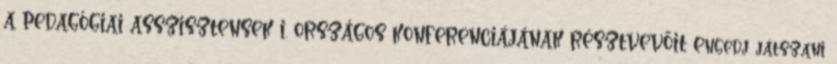
A PEDAGÓGIAI ASSZISZTENSEK I. ORSZÁGOS KONFERENCIÁJÁNAK RÉSZTVEVŐIT Engedj játszani